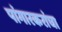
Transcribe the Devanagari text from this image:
पांगारकरांचा